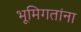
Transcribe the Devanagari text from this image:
भूमिगतांना